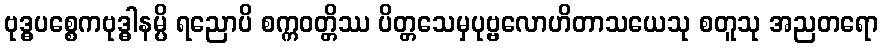
ဗုဒ္ဓပစ္စေကဗုဒ္ဓါနမ္ပိ ရညောပိ စက္ကဝတ္တိဿ ပိတ္တသေမှပုဗ္ဗလောဟိတာသယေသု စတူသု အညတရော